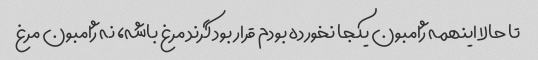
تا حالا اینهمه ژامبون یکجا نخورده بودم قرار بود گرند مرغ باشه، نه ژامبون مرغ